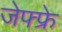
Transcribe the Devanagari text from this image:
जेफ्फ्रे